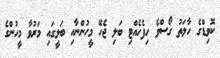
ކޮވިޑްގެ ހާލަތު ގޯސްވެ ހިފެހެއްޓި ބަލި ޖެހޭ މީހުންނާއި ބަލީގައި މަރުވާ މީހުންގެ